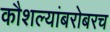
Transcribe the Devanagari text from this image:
कौशल्यांबरोबरच